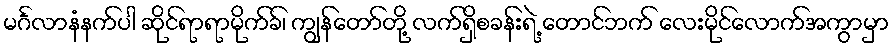
မင်္ဂလာနံနက်ပါ ဆိုင်ရာရာမိုက်ခ်၊ ကျွန်တော်တို့ လက်ရှိစခန်းရဲ့ တောင်ဘက် လေးမိုင်လောက်အကွာမှာ